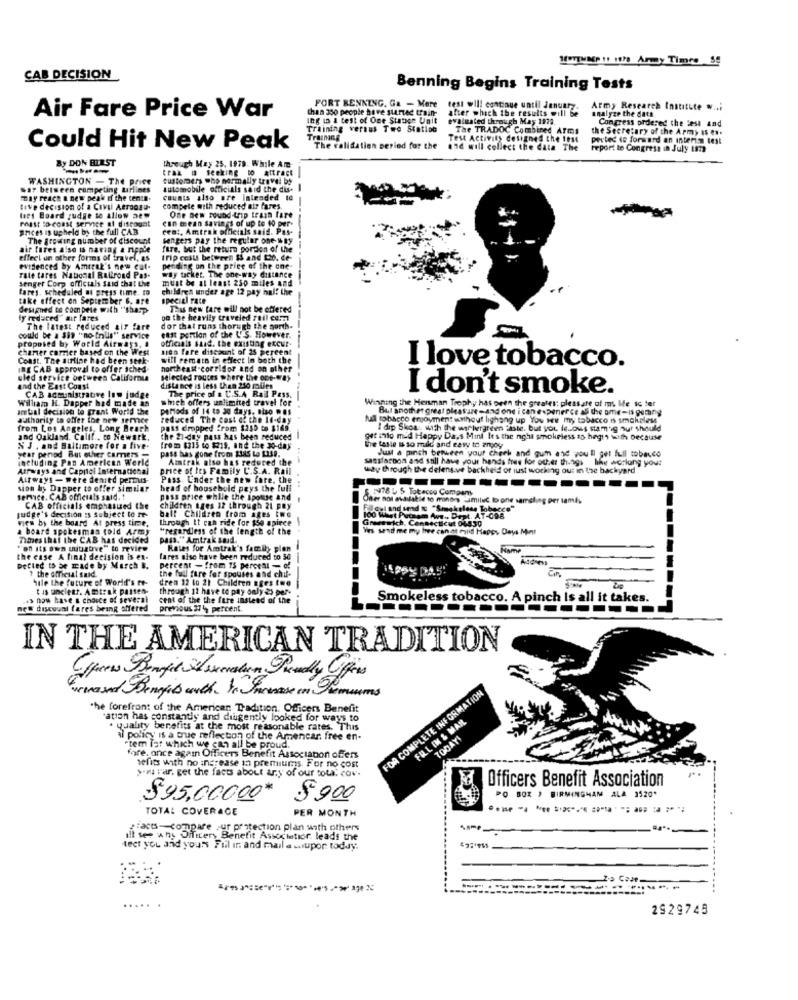
CAB DECISION
Benning Begins Training Tests
than 350 people have started train-
FORT BENNING. Ga - Mere
after which the results will be
test will continue until January.
Army Research Institute ....
analyze the data
Air Fare Price War
Ing in & test of One Statige Unit
evaluated through May 1978.
Congress ordered the test and
Training versus Two Station
The TRADOC Combined Arms
the Secretary of the Army as en.
Training
Test Activity designed the 1084
pertes to forward an inter- test
Could Hit New Peak
The validation period for the
and will collect the data The
report to Congress in July tam
By DON BLEST
through May 25, 1979. While Am
trak is seeking to attract
WASHINGTON - The price
customers who normally travel by
sar beiseen competing airlines
automobile officials said the dis-
may reach a new peak if the cente-
counts also are intended to
tive decision of a Caval Aeronau-
compete with reduced air fares.
les Board judge to Allow aew
mast to-coast service af discogat
can mean savings of up to 10 per-
One new round -trip train fare
prices is upheld by the full CAB
cent, Amtrak officials said. Pas-
The growing number of discount
sengers pay the regular one- way
----
air fares also is naving a ripple
fare, but the return portion of the
effect un other forms of travel, as
trip costs between 15 and to. de-
evidenced by Amtrak's new cut-
pending on the price of the one-
senger Corp officials said that the
rate tares National Raltrond Pas-
way ticket. The one-way distance
must be at least 250 miles and
fares. scheduled at press time. to
children under age 12 pay half the
take effect on September 6, are
speciel rate
designed to compete with "sharp-
The new fare will not be offered
----
ly reduced" air fares
on the heavily traveled zuil com
The latest reduced tir fare
dor that runs thorugh the north.
could be a $is "no frils" service
proposed by World Airways, I
#41t portion of the L'S. However.
officials said. the existing excur-
charter carrier based on the West
sien fare discount of 25 percent
Coast. The airline had been seek-
will remets in effect In both the
IDE CAB approval to offer iched-
northeast-corridor and on other
I love tobacco.
uled service between California
selected rouces where the ope-way
and the East Coast
distance is less than 250 miles
The price of a U.S.A Rail Pass.
I don't smoke.
William H. Dapper had made an
CAB acministrative low judge
which offers unlimited travel for
-
Winning the Menman Trophy has been the greates: pleasure of my Me sc ter
amtal decision to grant World the
periods of 14 to 30 days, niso . ES
Bul another great pleasure and one i can exponer ce as the ome-is osmany
authority to offer the new semner
reduced The cost of the 14-day
full tobacco enjoyment without lighang up You are my tabacco is smokeless
from Los Angeles, Long Beach
pass dropped from $250 to $169
I dip Skogs with the warhergreen "iste, but you le .. ows stamig our should
and Oakland, Calif .. to Newark.
the 21-day pass has been reduced
pt inlo mid Happy Da,s Mint It's the night smokeless so hegrs wetth because
NJ . and Baltimore for a five-
from $315 to $219, and the go-day
pass has gone from 335 to [239.
he tasle & so mild and easy to enjoy
Just a pinch between your check and guin and you'll get full mobesco
year period But other Camers
including Pas American Werle
Amtrak also has reduced the
sasstarbon and still have your hands free for od er th.ogi hike acrlung your
Airways and Cappiol International
price of les Family C.S.A. Rail
way through the delens.ve backheld of lust working out in the backyard
Airways -were denied permis-
Pass. Under the new fare, the
sion & Dapper to offer simular
head of household pays the full
service. CAB officials said. !
poss price while the spouse and
Oner not available to minors Jamiluc Ione samching per tamis
judge's decision is subject to re-
CAB officials emphasued the
children tres 12 through 21 pRy
TU out and send " "Smokeless Tobacco"
ries by the board At press time,
ball Children from ages two
through It can ride for $50 apiece \
loo Whet Putnam Ave .. Dept. AT-098
Greenwich. Connecticut 06830
a board spokesman told Army
"regardless of the length of the
Yes send me my Inee can at mild Happy Days Mint
Times that the CAB has decided
PAIS."Amtrak soud
"off its own initiative" to review
Rates for Amtrak's family plan
the case A final decision is en-
lares also have been reduced to 50
--
Detled to be made by March &.
+ the official said
percent - from 13 perceal - of
the full fare for spouses and chil-
Tile the future of World's re-
dren 12 lo 21 Children ages twe
tis ancient. Amtrak paisen.
through 12 have to pay only es per-
is now have a choice of several
cent of the the fare instead of the
Smokeless tobacco. A pinch Is all it takes.
es discount fares being offered
previous 37 4 percent
IN THE AMERICAN TRADITION
Cypress Benefit devaten Proudly Offres
wewased Benefits with. Je Juesase in Premiums
FOR COMPLETE INFORMATION
the forefront of the American Tradition. Officers Benefit
"ation has constantly and diligently looked for ways to
FULL IN & MAR
quality benefits at the most reasonable rates. This
al policy is a true reflection of the Amencar free en
TODAYI
"tem Tat which we can all be proud.
fore. once again Officers Benefit Associapon offers
sefits with no increase in premiums. For no cost
>na var. get the facts about ary of our Fota. cov.
Officers Benefit Association
$95.000.00*
$9,00
PO BOX , BIRMINGHAM ALA 1520*
TOTA: COVERAGE
PER MONTH
:acts-compare sur protection plan with others
ill see why Officers Benefit Association. leads the
-teet you and yours Fril ir and mail a wiupor today.
--------
2929745